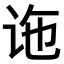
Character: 𫍟